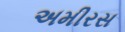
અમીરસ